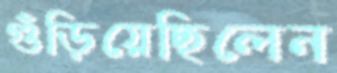
গুঁড়িয়েছিলেন